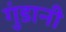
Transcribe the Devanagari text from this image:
गुंडानी